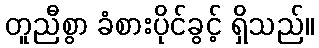
တူညီစွာ ခံစားပိုင်ခွင့် ရှိသည်။